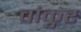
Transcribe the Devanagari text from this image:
वांकुर